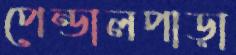
পেন্ডালপাড়া